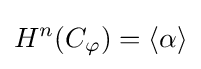
H^{n}(C_{\varphi })=\langle \alpha \rangle